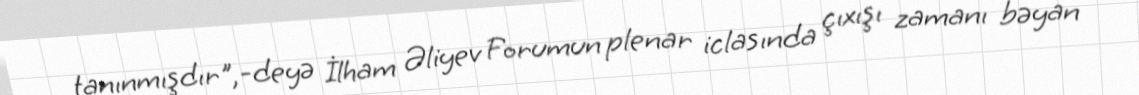
tanınmışdır",-deyə İlham Əliyev Forumun plenar iclasında çıxışı zamanı bəyan